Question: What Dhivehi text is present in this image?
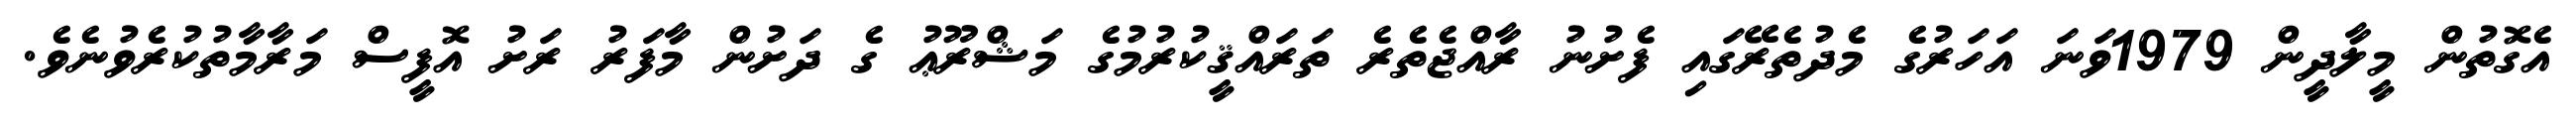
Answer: އެގޮތުން މީލާދީން 1979ވަނަ އަހަރުގެ މެދުތެރޭގައި ފެށުނު ރާއްޖެތެރެ ތަރައްޤީކުރުމުގެ މަޝްރޫޢު ގެ ދަށުން މާފަރު ރަށު އޮފީސް މަރާމާތުކުރެވުނެވެ.